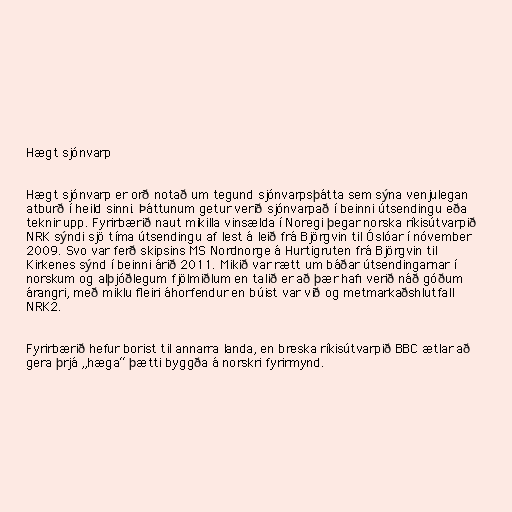
Hægt sjónvarp

Hægt sjónvarp er orð notað um tegund sjónvarpsþátta sem sýna venjulegan
atburð í heild sinni. Þáttunum getur verið sjónvarpað í beinni útsendingu eða
teknir upp. Fyrirbærið naut mikilla vinsælda í Noregi þegar norska ríkisútvarpið
NRK sýndi sjö tíma útsendingu af lest á leið frá Björgvin til Óslóar í nóvember
2009. Svo var ferð skipsins MS Nordnorge á Hurtigruten frá Björgvin til
Kirkenes sýnd í beinni árið 2011. Mikið var rætt um báðar útsendingarnar í
norskum og alþjóðlegum fjölmiðlum en talið er að þær hafi verið náð góðum
árangri, með miklu fleiri áhorfendur en búist var við og metmarkaðshlutfall
NRK2.

Fyrirbærið hefur borist til annarra landa, en breska ríkisútvarpið BBC ætlar að
gera þrjá „hæga“ þætti byggða á norskri fyrirmynd.